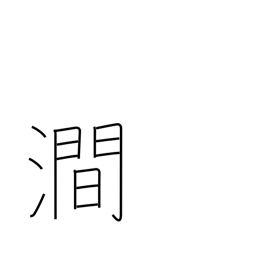
Meaning: valley river